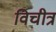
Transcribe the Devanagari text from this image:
विचीत्र